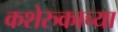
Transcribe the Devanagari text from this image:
कशेरुकाच्या